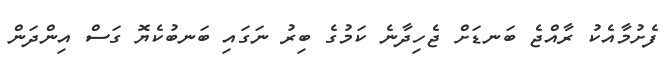
ފެށުމާއެކު ރާއްޖެ ބަނޑަށް ޖެހިދާނެ ކަމުގެ ބިރު ނަގައި ބަނބުކެޔޮ ގަސް އިންދަން